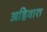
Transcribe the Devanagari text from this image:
अहिवारा